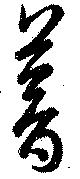
暮